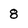
Character: 8